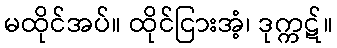
မထိုင်အပ်။ ထိုင်ငြားအံ့၊ ဒုက္ကဋ်။